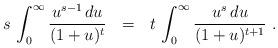
LaTeX: \begin{align*}s\,\int_0^\infty \frac{u^{s-1}\,du}{(1+u)^t}\ \ = \ \ t\,\int_0^\infty \frac{u^s\,du}{(1+u)^{t+1}}\ .\end{align*}